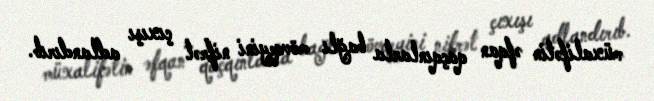
müxalifətin əfqan qaçqınlarla bağlı mövqeyini nifrət çıxışı adlandırıb.